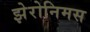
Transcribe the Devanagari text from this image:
झेरोनिमस